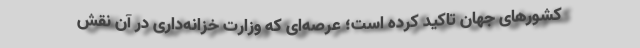
کشورهای جهان تاکید کرده است؛ عرصه‌ای که وزارت خزانه‌داری در آن نقش